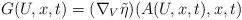
LaTeX: \begin{align*}G(U,x,t) = ( \nabla_V \tilde{\eta} ) (A(U,x,t),x,t) \end{align*}